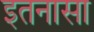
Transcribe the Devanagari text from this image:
इतनासा